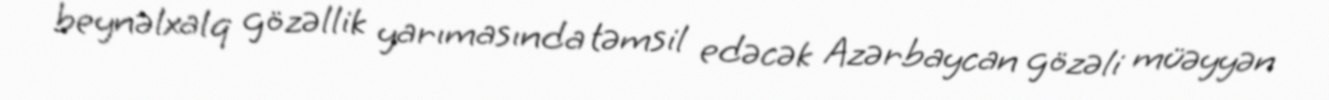
beynəlxalq gözəllik yarımasında təmsil edəcək Azərbaycan gözəli müəyyən